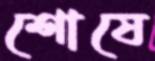
শোষে